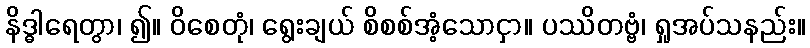
နိဒ္ဓါရေတွာ၊ ၍။ ဝိစေတုံ၊ ရွေးချယ် စိစစ်အံ့သောငှာ။ ပဿိတဗ္ဗံ၊ ရှုအပ်သနည်း။